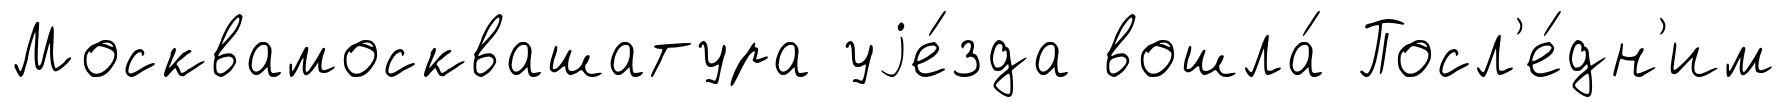
Москвамосквашатура уjе́зда вошла́ Посл'е́дн'им